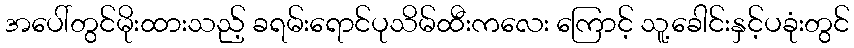
အပေါ်တွင်မိုးထားသည့် ခရမ်းရောင်ပုသိမ်ထီးကလေး ကြောင့် သူ့ခေါင်းနှင့်ပခုံးတွင်